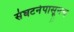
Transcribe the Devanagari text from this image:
संघटनेपासूनच